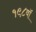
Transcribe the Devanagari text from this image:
१९८वॉ